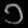
Digit: ၁